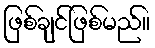
ဖြစ်ချင်ဖြစ်မည်။